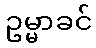
ဥမ္မာခင်